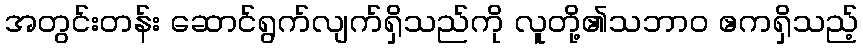
အတွင်းတန်း ဆောင်ရွက်လျက်ရှိသည်ကို လူတို့၏သဘာဝ ဧကရှိသည့်